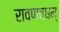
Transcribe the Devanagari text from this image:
रावणवधम्